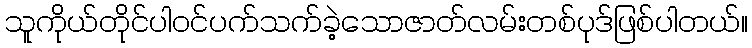
သူကိုယ်တိုင်ပါဝင်ပက်သက်ခဲ့သောဇာတ်လမ်းတစ်ပုဒ်ဖြစ်ပါတယ်။